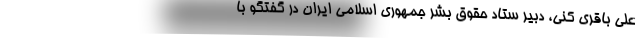
علی باقری کنی، دبیر ستاد حقوق بشر جمهوری اسلامی ایران در گفتگو با